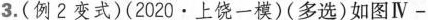
3.(例2变式)(2020·上饶一模)(多选)如图Ⅳ-